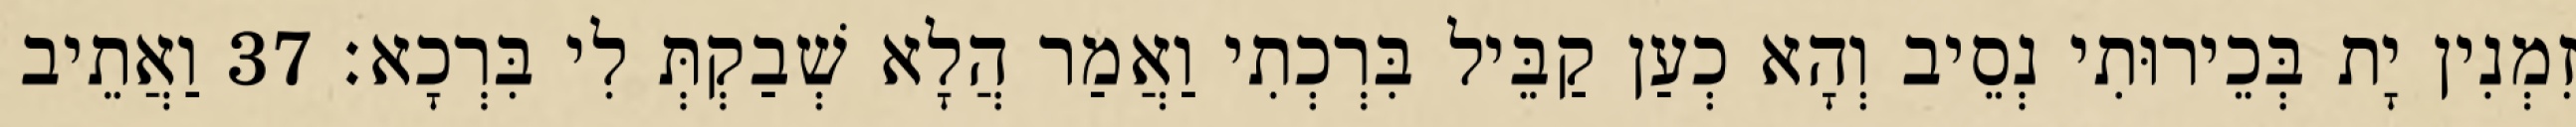
זִמְנִין יָת בְּכֵירוּתִי נְסֵיב וְהָא כְעַן קַבֵּיל בִּרְכְתִי וַאֲמַר הֲלָא שְׁבַקְתְּ לִי בִּרְכָא׃ 37 וַאֲתֵיב